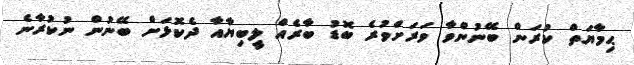
ޙިމާޔަތް ކުރަން ބޭނުންވާ ވަރަށްވުރެ ބޮޑު ބާރެއް ލީބިޔާއާ ދެކޮޅަށް ބޭނުން ނުކުރާނެ